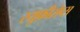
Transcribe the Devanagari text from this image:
रयुफ़ीसेप्स